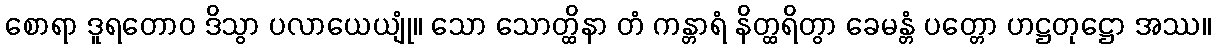
စောရာ ဒူရတောဝ ဒိသွာ ပလာယေယျုံ။ သော သောတ္ထိနာ တံ ကန္တာရံ နိတ္ထရိတွာ ခေမန္တံ ပတ္တော ဟဋ္ဌတုဋ္ဌော အဿ။